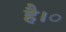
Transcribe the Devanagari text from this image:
है।ं